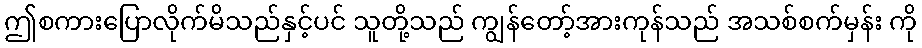
ဤစကားပြောလိုက်မိသည်နှင့်ပင် သူတို့သည် ကျွန်တော့်အားကုန်သည် အသစ်စက်မှန်း ကို